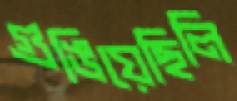
গুঙিয়েছিলি